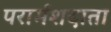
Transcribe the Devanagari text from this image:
परार्मशदाता